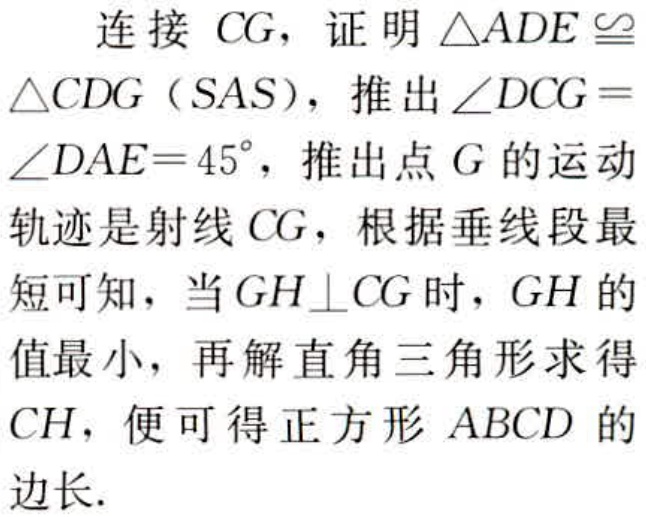
连接 \(CG\)，证明 \(\triangle ADE\cong\triangle CDG\)（\(SAS\)），推出 \(\angle DCG = \angle DAE = 45^{\circ}\)，推出点 \(G\) 的运动轨迹是射线 \(CG\)，根据垂线段最短可知，当 \(GH\perp CG\) 时，\(GH\) 的值最小，再解直角三角形求得 \(CH\)，便可得正方形 \(ABCD\) 的边长.